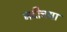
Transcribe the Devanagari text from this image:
नदीचया